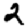
Digit: 2